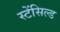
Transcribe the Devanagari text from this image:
स्टेंसिल्ड